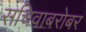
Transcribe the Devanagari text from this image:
सचिवाबरोबर